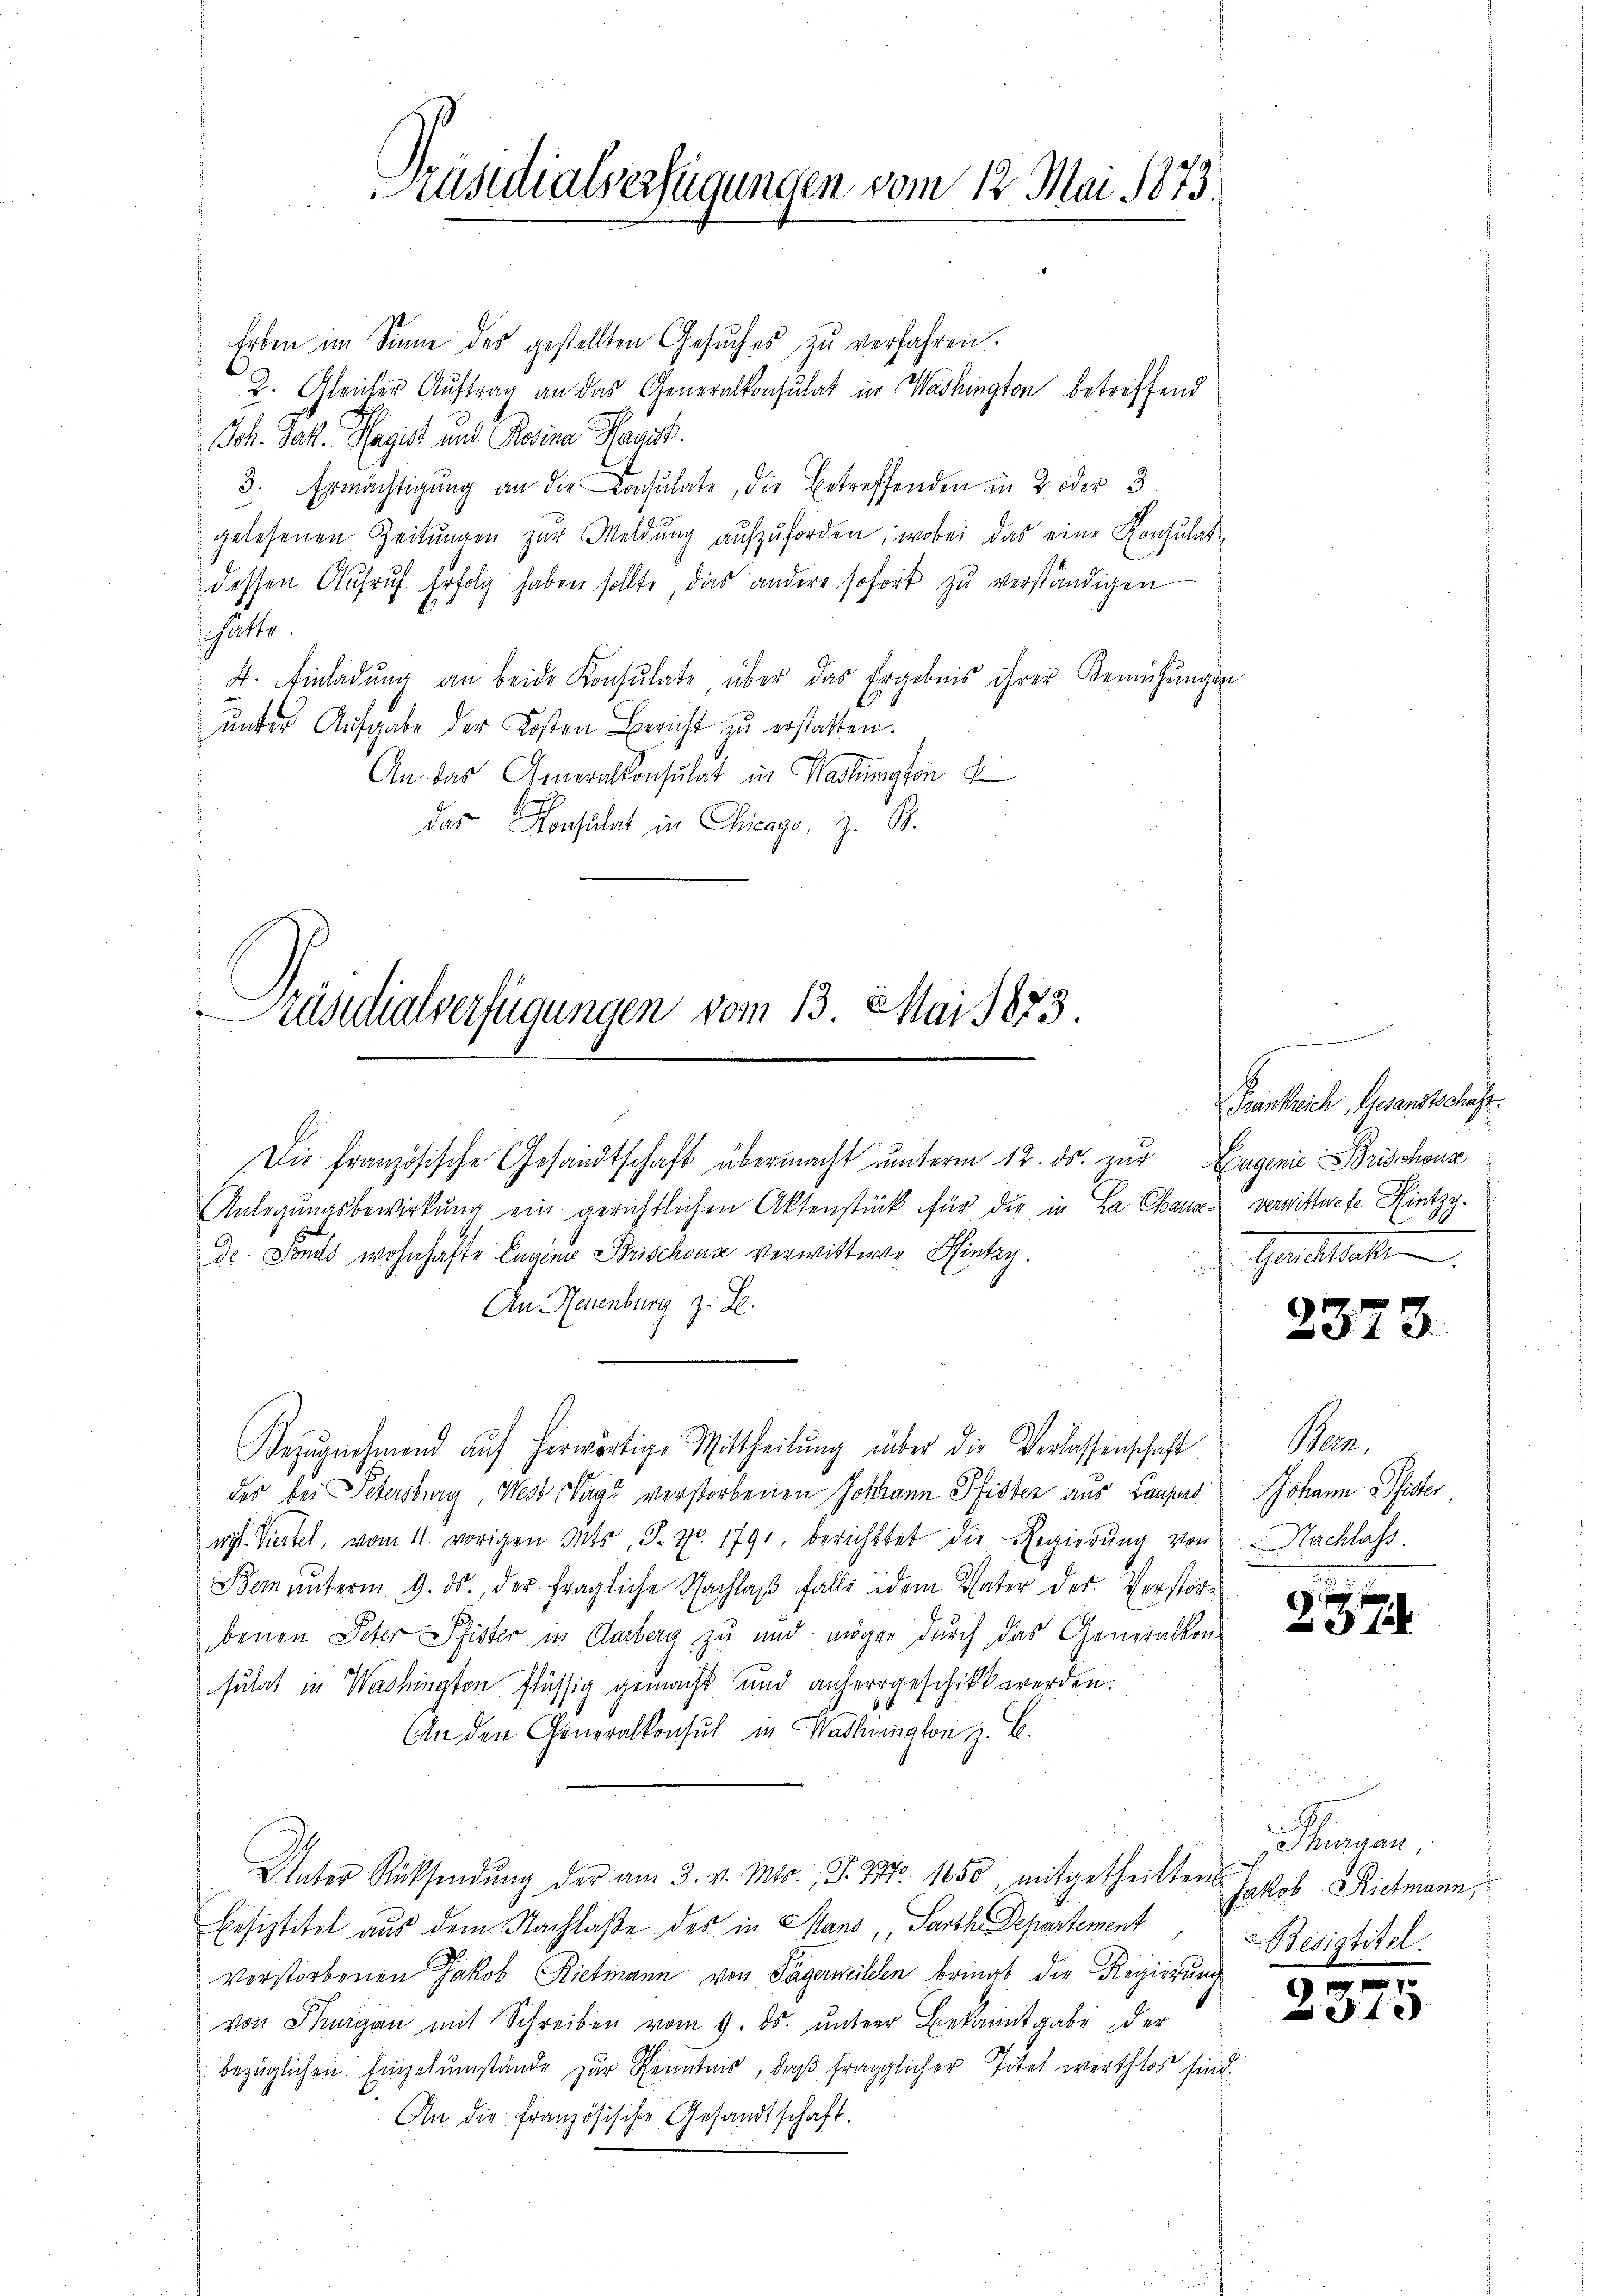
räsidialverfügungen vom 13. Mai 1873.

räsidialverfügungen vom 12. Mai 1873.

Erben im Sinne des gestellten Gesŭches zu verfahren.
2. Gleicher Auftrag an das Generalkonsulat in Washington betreffend
Joh. Jak. Magist und Reine Hagik.
3. Ermächtigŭng an die Consulate, die Betreffenden in 2 oder 3
gelesenen Zeitŭngen zur Meldung aufzuforden; wobei das eine Konsulatdessen Aufruf. Erfolg haben sollte, das andere sofort zu verständigen
schäfte.
4. Einladŭng an beide Konsulate über das Ergebnis ihrer Bemühŭngen
unter Aufgabe der Kosten Bericht zu erstatten.
An das Generalkonsulat in Washington
das Konsulat in Chicago, z. B.

Die französische Gesandtschaft übermacht unterm 12. ds. zur Eugenie Brischonz
Anlegŭngsbewirkŭng ein gerichtlichen Aktenstück für die in La Chana verwittwete Hintzg.
de. Sonds wohnhafte Lugien Brischeus verwittwe Hintag.
An Neuenburg z. B.
Bezŭgnehmend aŭf herwärtige Mittheilŭng über die Verlassenschaft
des bei Petersburg, West Tage verstorbenen Johann Pfister aus Laupers
wyt. Viertel, vom 11. vorigen Mts, S. Nr. 1791, berichttet die Regierŭng von
Bom unterm 9. ds., der fragliche Nachlaß falls idem Vater der Verstörbenen Peter Pfister in Aarberg zu und müger durch das Generalkon-
sulat in Washington flüssig gemacht und anherrgeschikt werden.
An den Generalkonsul in Washington z. B.
Unter Rücksendŭng der am 3. v. Mts., S. 237. 1650 mitgetheilten Josob Reichmann,
Besiztitel aus dem Nachlaße des in Mans Parth. Departement
verstorbenen Jakob Rietmann von Tägerweilen bringt die Regierung
von Thurgau mit Schreiben vom 9. ds. ŭnterer Bekanntgabe der
bezüglichen Einzelŭmstände zur Kenntnis, daβ fraglicher Titel werthlos sind.
An die Französische Gesandtschaft.

Frankreich, Gesandtschaft.
7
.
Heredetent

2373

Bar.
Johann Pfister
Nachlass

2

Sinnen.
Besiztitel.

f 0 x
f